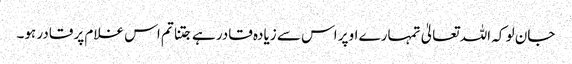
جان لو کہ اللہ تعالیٰ تمہارے اوپر اس سے زیادہ قادر ہے جتنا تم اس غلام پر قادر ہو۔